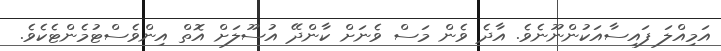
އަމިއްލަ ފައިސާއަކުންނޫނެވެ. އާދެ ވެން މަސް ވެނަށް ކާންދޭ އުސޫލަށް އޮތް އިންވެސްޓުމެންޓެކެވެ.